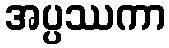
အပ္ပဿကာ